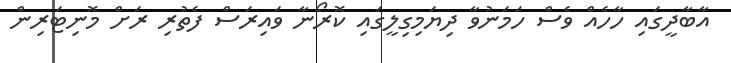
އާބާދީގައި ހާހެއް ވެސް ހަމަނުވާ ދިޔަމިގިލީގައި ކޮރޯނާ ވައިރަސް ފެތުރި ރަށް މޮނިޓަރިން